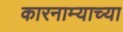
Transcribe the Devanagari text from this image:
कारनाम्याच्या